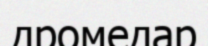
дромедар